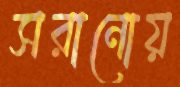
সরানোয়